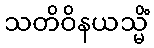
သတိဝိနယသ္မိံ